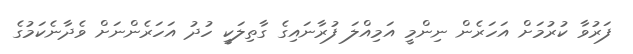
ފަރުވާ ކުރުމަށް އަހަރެން ނިންމީ އަމިއްލަ ފުރާނައިގެ ގާތިލަކީ ހުދު އަހަރެންނަށް ވެދާނެކަމުގެ